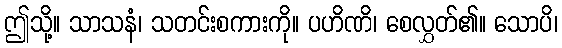
ဤသို့။ သာသနံ၊ သတင်းစကားကို။ ပဟိဏိ၊ စေလွှတ်၏။ သောပိ၊